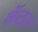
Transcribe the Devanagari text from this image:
कॅटल